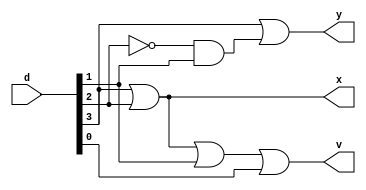
`timescale 1ns / 1ps
//////////////////////////////////////////////////////////////////////////////////
// Company: 
// Engineer: 
// 
// Design Name: 
// Module Name: PE
// Project Name: 
// Target Devices: 
// Tool Versions: 
// Description: 
// 
// Dependencies: 
// 
// Revision:
// Revision 0.01 - File Created
// Additional Comments:
// 
//////////////////////////////////////////////////////////////////////////////////


module PE(
    input [3:0] d,
    output x,y,v
    );
    wire t1,t2;
    not G1(t1,d[2]);
    and G2(t2,t1,d[1]);
    or G3(y,d[3],t2);
    or G4(x,d[3],d[2]);
    or G5(v,x,d[1],d[0]);
    
endmodule